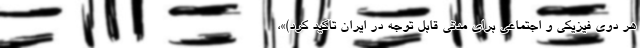
هر دوی فیزیکی و اجتماعی برای مدتی قابل توجه در ایران تاکید کرد)»،